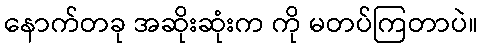
နောက်တခု အဆိုးဆုံးက ကို မတပ်ကြတာပဲ။